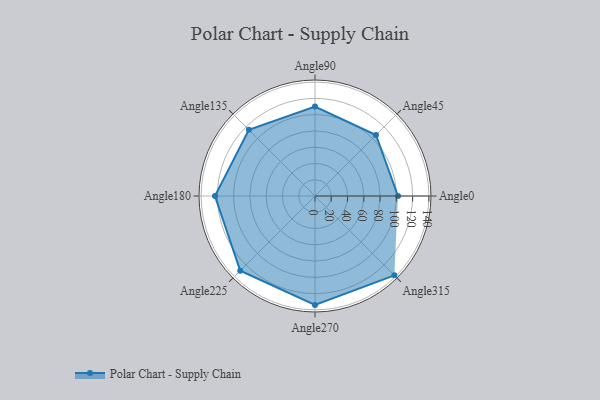
{"axis": {"x": "Angle", "y": "Radius"}, "legend": [""], "data": [{"x": "Angle0", "y": 102.0, "type": ""}, {"x": "Angle45", "y": 106.0, "type": ""}, {"x": "Angle90", "y": 110.0, "type": ""}, {"x": "Angle135", "y": 115.0, "type": ""}, {"x": "Angle180", "y": 123.0, "type": ""}, {"x": "Angle225", "y": 130.0, "type": ""}, {"x": "Angle270", "y": 134.0, "type": ""}, {"x": "Angle315", "y": 138.0, "type": ""}]}